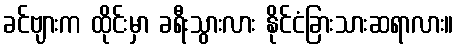
ခင်ဗျားက ထိုင်းမှာ ခရီးသွားလား နိုင်ငံခြားသားဆရာလား။